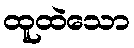
ထူထဲသော